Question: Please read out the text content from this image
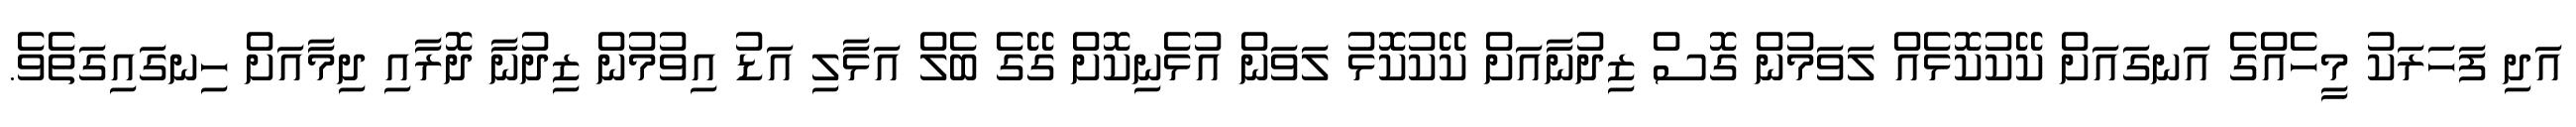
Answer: އަދި ފަހަރަކު މީހެއްގެ އަނގައަށް ކޭކުކޮޅެއް ލަވަމުން ގޮސް ޒިދުނާއަށް ކޭކުކޮޅު ލަވަން އުޅެނިކޮށް ގޭގެ ބެލް އަޅާލި އަޑު އިވުމުން ޒިދުނާ ދޮރާއި ދިމާއަށް ހިނގައިގަތެވެ.